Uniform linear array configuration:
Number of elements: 4
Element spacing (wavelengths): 0.25
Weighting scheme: kaiser
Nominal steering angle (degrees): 30
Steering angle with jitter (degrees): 31.148
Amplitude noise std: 0.05
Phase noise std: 0.05

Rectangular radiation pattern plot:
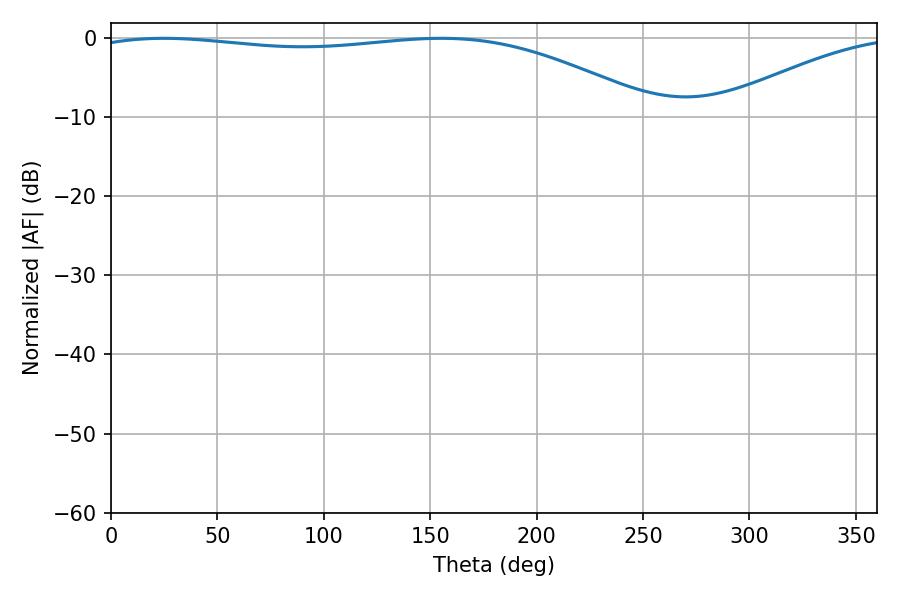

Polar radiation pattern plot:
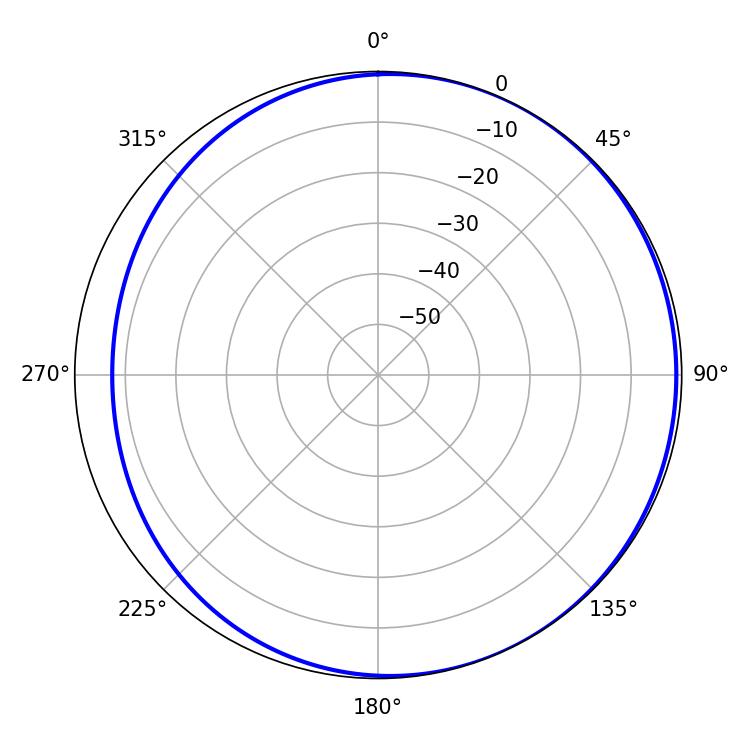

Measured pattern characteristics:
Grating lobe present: FALSE
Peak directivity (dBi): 2.589
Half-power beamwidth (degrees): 212.76
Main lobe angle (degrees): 24.84